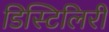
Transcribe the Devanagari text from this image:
डिस्टिलिरी